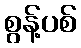
စွန့်ပစ်